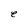
Character: e